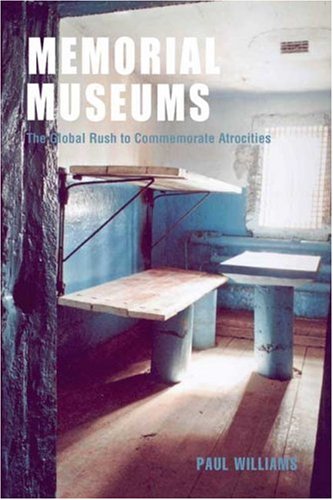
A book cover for Memorial Museums: The Global Rush to Commemorate Atrocities; Paul Williams; History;